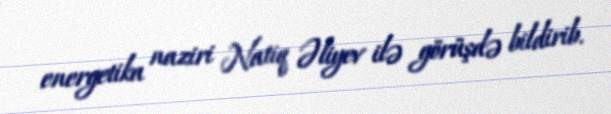
energetika naziri Natiq Əliyev ilə görüşdə bildirib.